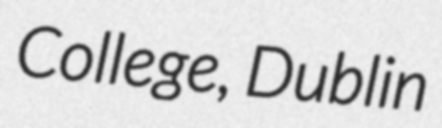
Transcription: College, Dublin